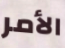
الأمر